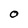
Character: O